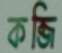
কব্জি